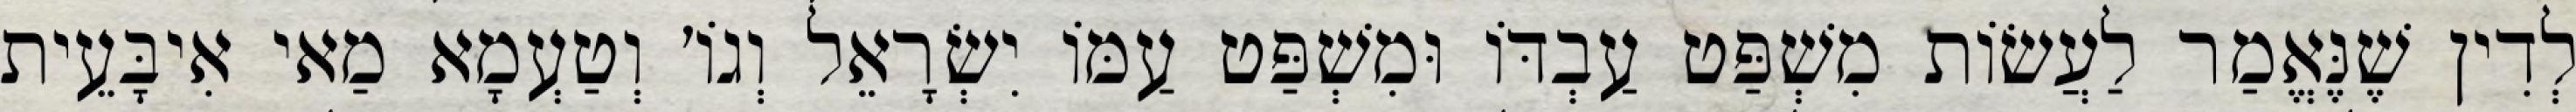
לְדִין שֶׁנֶּאֱמַר לַעֲשׂוֹת מִשְׁפַּט עַבְדּוֹ וּמִשְׁפַּט עַמּוֹ יִשְׂרָאֵל וְגוֹ׳ וְטַעְמָא מַאי אִיבָּעֵית